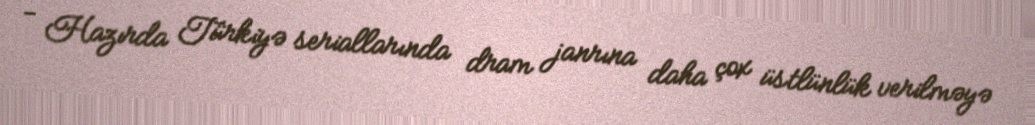
- Hazırda Türkiyə seriallarında dram janrına daha çox üstlünlük verilməyə